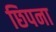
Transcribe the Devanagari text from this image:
छिपना